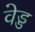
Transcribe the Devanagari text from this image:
वेड्ड